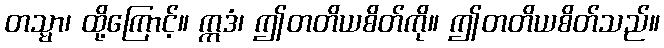
တသ္မာ၊ ထို့ကြောင့်။ ဣဒံ၊ ဤတတိယစိတ်ကို။ ဤတတိယစိတ်သည်။